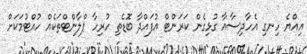
އިއްޔެ ހިނގި އެހާދިސާއާ ގުޅިގެން ކަރަންޓް އުފައްދާ ބޮޑެތި ހުރިހާ ޕްލާންޓްތަކެއް ހުއްޓުމަކަށް